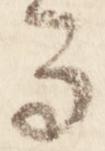
而